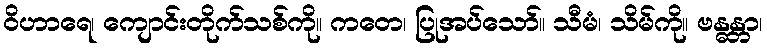
ဝိဟာရေ၊ ကျောင်းတိုက်သစ်ကို။ ကတေ၊ ပြုအပ်သော်။ သီမံ၊ သိမ်ကို။ ဗန္ဓန္တာ၊